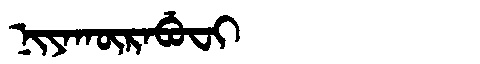
Manchu: ᠨᡳᠶᠠᡴᡡᡵᠠᠪᡠᠸᡳ
Romanization: NIYAKŪRABUFI